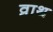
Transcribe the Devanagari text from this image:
व्राथ